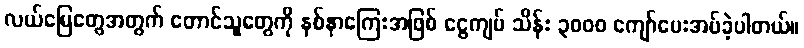
လယ်မြေတွေအတွက် တောင်သူတွေကို နစ်နာကြေးအဖြစ် ငွေကျပ် သိန်း ၃၀၀၀ ကျော်ပေးအပ်ခဲ့ပါတယ်။